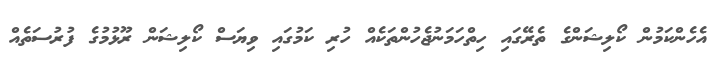
އެހެންކަމުން ކޯލިޝަންގެ ތެރޭގައި ހިތްހަމަނުޖެހުންތަކެއް ހުރި ކަމުގައި ވިޔަސް ކޯލިޝަން ރޫޅުމުގެ ފުރުސަތެއް